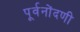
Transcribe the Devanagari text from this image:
पूर्वनोंदणी